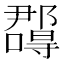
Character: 𭌉